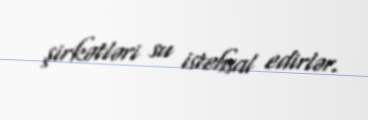
şirkətləri su istehsal edirlər.